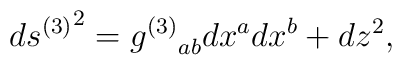
d{s^{(3)}}^2 = {g^{(3)}}_{ab} dx^a dx^b + dz^2,